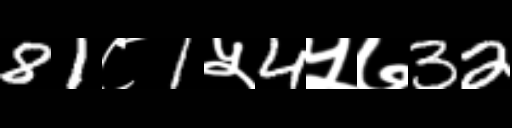
Text: 81८1५4५७32